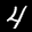
Label: 4